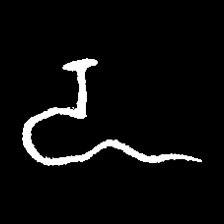
Pyu character \u2014 Myanmar letter: ဍ (romanized: dda)